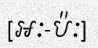
[អៈ-ប៉ៈ]